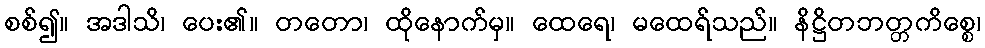
စစ်၍။ အဒါသိ၊ ပေး၏။ တတော၊ ထိုနောက်မှ။ ထေရေ၊ မထေရ်သည်။ နိဋ္ဌိတဘတ္တကိစ္စေ၊